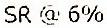
SR @ 6%